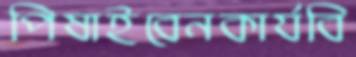
পিষাইবেনকার্যবি